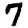
Digit: 7